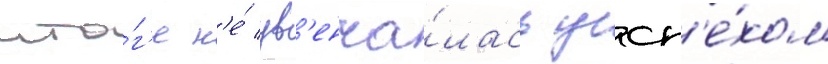
ито́г'е н'е́ ув'енча́лась усп'е́хом